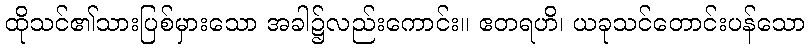
ထိုသင်၏သားပြစ်မှားသော အခါ၌လည်းကောင်း။ ဧတရဟိ၊ ယခုသင်တောင်းပန်သော